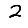
Digit: 2